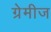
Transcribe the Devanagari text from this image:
ग्रेमीज